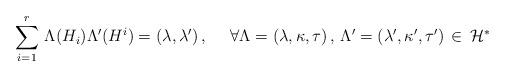
LaTeX: \begin{align*}\sum_{i=1}^r\,\Lambda(H_i)\Lambda'(H^i)=(\lambda,\lambda')\,,~~~~\forall \Lambda=(\lambda,\kappa,\tau)\,,\,\Lambda'=(\lambda',\kappa',\tau')\,\in\,{\cal H}^*\end{align*}